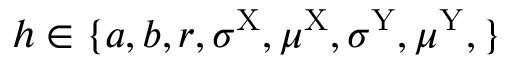
h \in \{ a , b , r , \sigma ^ { \mathrm { X } } , \mu ^ { \mathrm { X } } , \sigma ^ { \mathrm { Y } } , \mu ^ { \mathrm { Y } } , \}